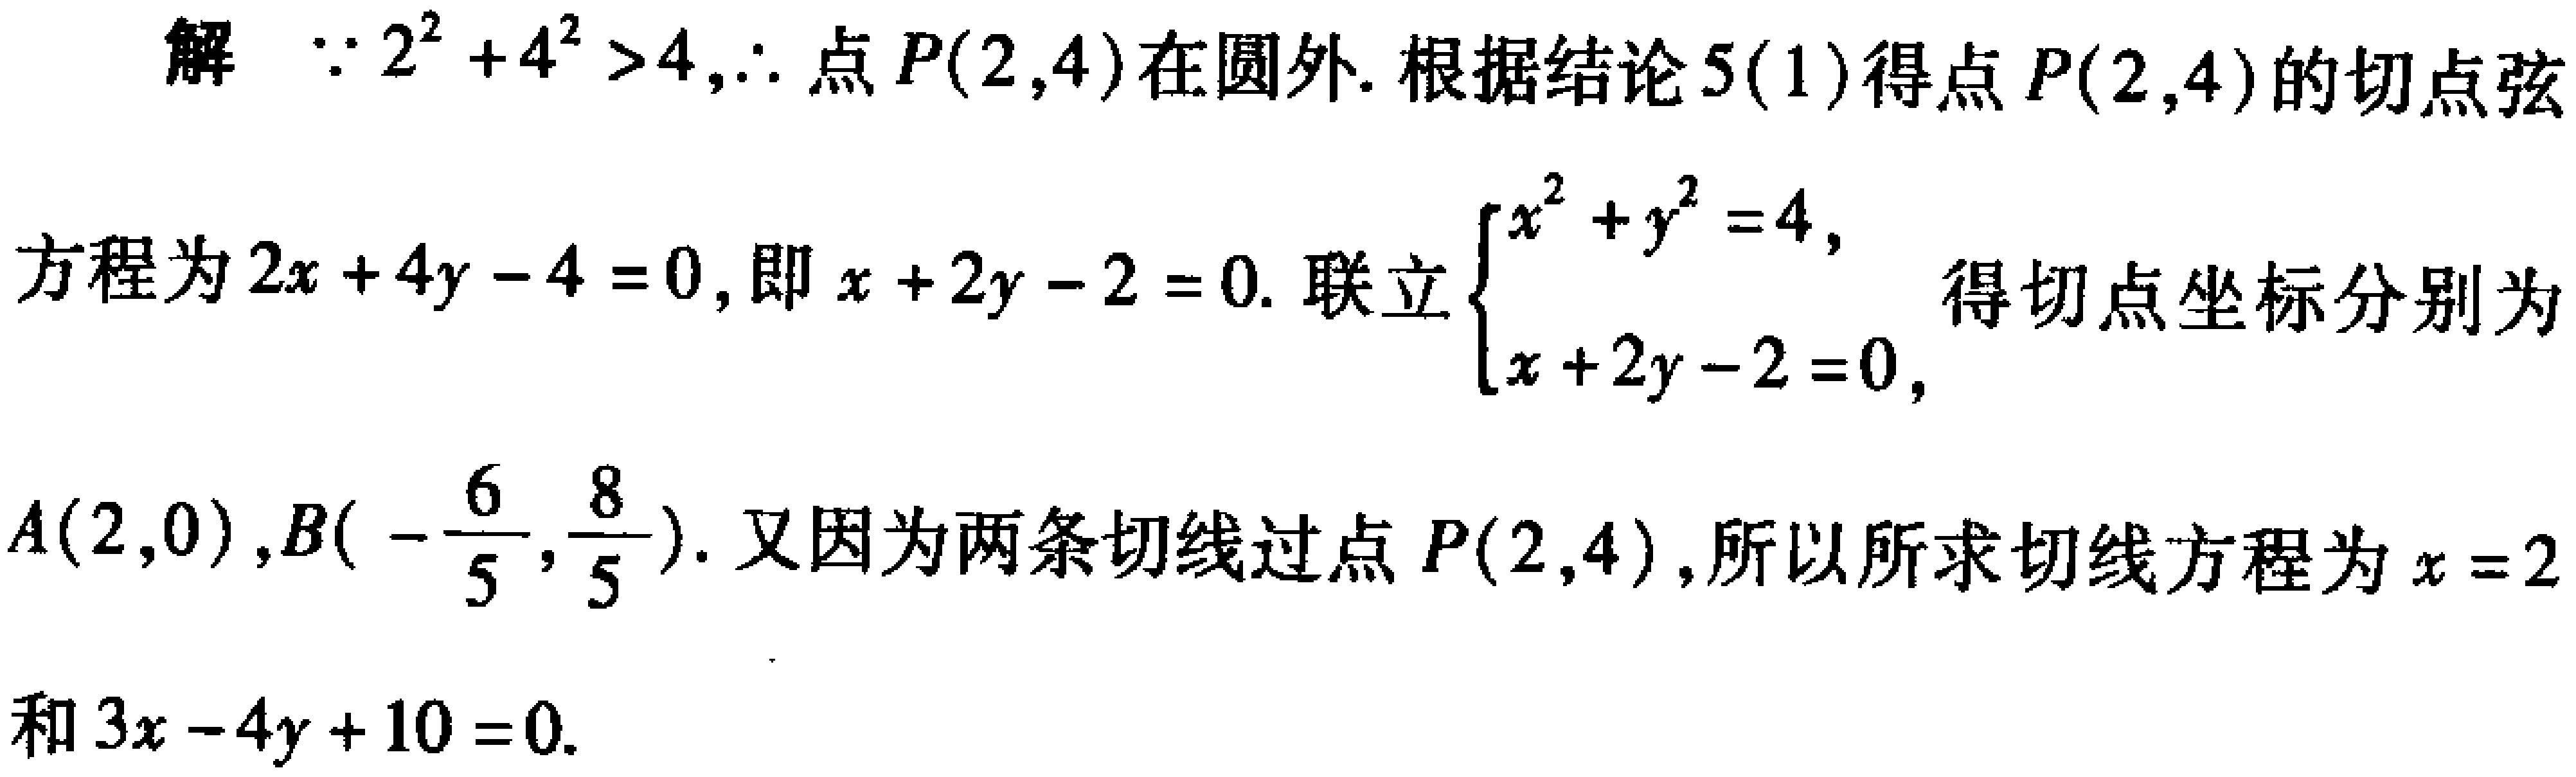
解 $\because 2^{2}+4^{2}>4,\therefore$ 点 $P(2,4)$ 在圆外. 根据结论 $5(1)$ 得点 $P(2,4)$ 的切点弦
方程为 $2x + 4y - 4 = 0$, 即 $x + 2y - 2 = 0$. 联立 $\begin{cases}x^{2}+y^{2}=4,\\x + 2y - 2 = 0,\end{cases}$ 得切点坐标分别为
$A(2,0),B(-\frac{6}{5},\frac{8}{5})$. 又因为两条切线过点 $P(2,4)$, 所以所求切线方程为 $x = 2$
和 $3x - 4y + 10 = 0$.